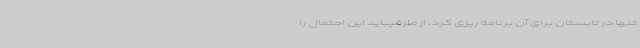
تنها در تابستان برای آن برنامه ریزی کرد، از طرفیباید این احتمال را